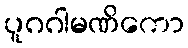
ပူဂဂါမဏိကော